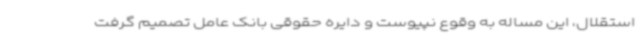
استقلال، این مساله به وقوع نپیوست و دایره حقوقی بانک عامل تصمیم گرفت